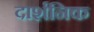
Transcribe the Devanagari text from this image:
दार्शनिक